Bombay plague: being a history of the progress of plague in the Bombay presidency from September 1896 to June 1899
Year: 1896
Disease focus: Plague
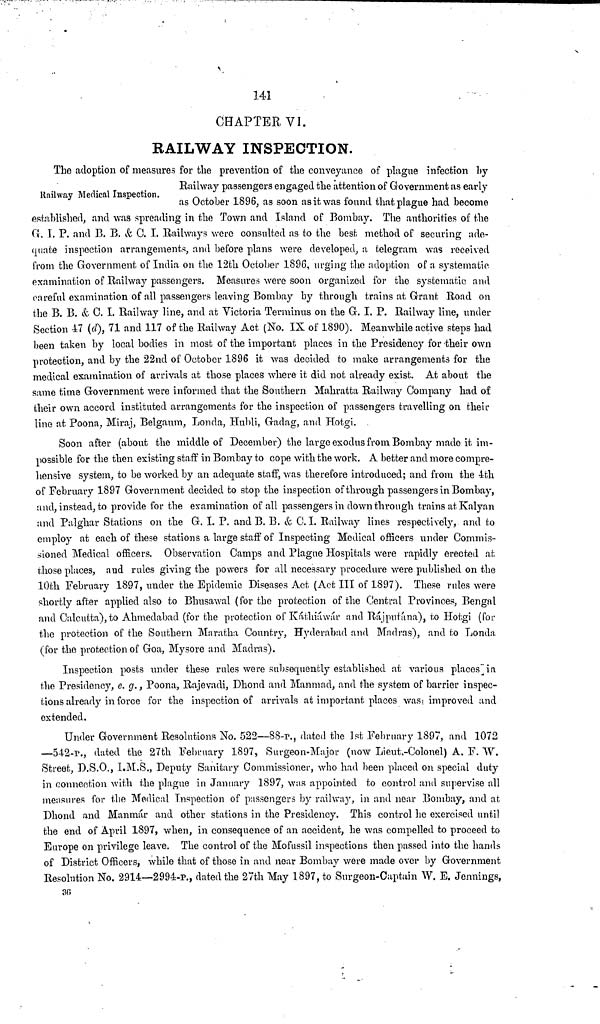
141
CHAPTER VI.
RAILWAY INSPECTION.
Railway Medical Inspection.
The adoption of measures for the prevention of the conveyance of plague infection by
Railway passengers engaged the attention of Government as early
as October 1896. as soon as it was found that plague had become
established, and was spreading in the Town and Island of Bombay. The authorities of the
G. T. P. and B. B. &, C. I. Railways were consulted as to the best method of securing ade-
quate inspection arrangements, and before plans were developed, a telegram was received
from the Government of India on the 12th October 1896, urging the adoption of a systematic
examination of Railway passengers. Measures were soon organized for the systematic and
careful examination of all passengers leaving Bombay by through trains at Grant Road on
the B. B. & C. I. Railway line, and at Victoria Terminus on the G. I. P. Railway line, under
Section 47 (d), 71 and 117 of the Railway Act (No. IX of 1890). Meanwhile active steps had
been taken by local bodies in most of the important places in the Presidency for their own
protection, and by the 22nd of October 1896 it was decided to make arrangements for the
medical examination of arrivals at those places where it did not already exist. At about the
same time Government were informed that the Southern Mahratta Railway Company had of
their own accord instituted arrangements for the inspection of passengers travelling on their
line at Poona, Miraj, Belgaum, Londa, Hubli, Gadag, and Hotgi.
Soon after (about the middle of December) the large exodus from Bombay made it im-
possible for the then existing staff in Bombay to cope with the work. A better and more compre-
hensive system, to be worked by an adequate staff, was therefore introduced; and from the 4th
of February 1897 Government decided to stop the inspection of through passengers in Bombay,
and, instead, to provide for the examination of all passengers in down through trains at Kalyan
and Palghar Stations on the G. I. P. and B. B. & C. I. Railway lines respectively, and to
employ at each of these stations a large staff of Inspecting Medical officers under Commis-
sioned Medical officers. Observation Camps and Plague Hospitals were rapidly erected at
those places, and rules giving the powers for all necessary procedure were published on the
10th February 1897, under the Epidemic Diseases Act (Act III of 1897). These rules were
shortly after applied also to Bhusawal (for the protection of the Central Provinces, Bengal
and Calcutta), to Ahmedabad (for the protection of Káthiáwár and Rájputána), to Hotgi (for
the protection of the Southern Maratha Country, Hyderabad and Madras), and to Londa
(for the protection of Goa, Mysore and Madras).
Inspection posts under these rules were subsequently established at various places in
the Presidency, e. g., Poona, Rajevadi, Dhond and Manmad, and the system of barrier inspec-
tions already in force for the inspection of arrivals at important places was improved and
extended.
Under Government Resolutions No. 522—88-p., dated the 1st February 1897, and 1072
—542-p., dated the 27th February 1897, Surgeon-Major (now Lieut.-Colonel) A. F. W.
Street, D.S.O., I.M.S., Deputy Sanitary Commissioner, who had been placed on special duty
in connection with the plague in January 1897, was appointed to control and supervise all
measures for the Medical Inspection of passengers by railway, in and near Bombay, and at
Dhond and Manmár and other stations in the Presidency. This control he exercised until
the end of April 1897, when, in consequence of an accident, he was compelled to proceed to
Europe on privilege leave. The control of the Mofussil inspections then passed into the hands
of District Officers, while that of those in and near Bombay were made over by Government
Resolution No. 2914—2994-P., dated the 27th May 1897, to Surgeon-Captain W. E. Jennings,
36